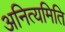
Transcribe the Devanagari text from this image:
अनित्यमिति